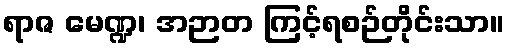
ရာဇ မေဏ္ဍ၊ အဉာတ ကြင့်ရစဉ်တိုင်းသာ။